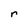
Character: r